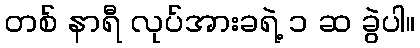
တစ် နာရီ လုပ်အားခရဲ့ ၁ ဆ ခွဲပါ။